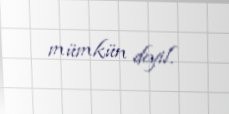
mümkün deyil.